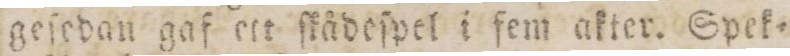
geſedan gaf ett ſkådeſpel i fem akter. Spek=